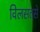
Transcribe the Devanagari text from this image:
विलसतसे